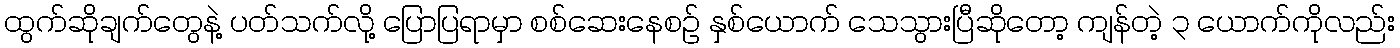
ထွက်ဆိုချက်တွေနဲ့ ပတ်သက်လို့ ပြောပြရာမှာ စစ်ဆေးနေစဉ် နှစ်ယောက် သေသွားပြီဆိုတော့ ကျန်တဲ့ ၃ ယောက်ကိုလည်း